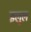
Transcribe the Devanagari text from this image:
इलुल